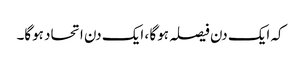
کہ ایک دن فیصلہ ہوگا ، ایک دن اتحاد ہوگا۔